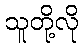
သူတို့လို